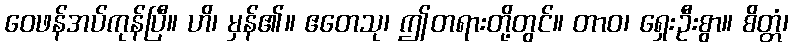
ဝေဖန်အပ်ကုန်ပြီ။ ဟိ၊ မှန်၏။ ဧတေသု၊ ဤတရားတို့တွင်။ တာဝ၊ ရှေးဦးစွာ။ စိတ္တံ၊